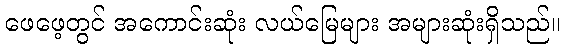
ဖေဖေ့တွင် အကောင်းဆုံး လယ်မြေများ အများဆုံးရှိသည်။